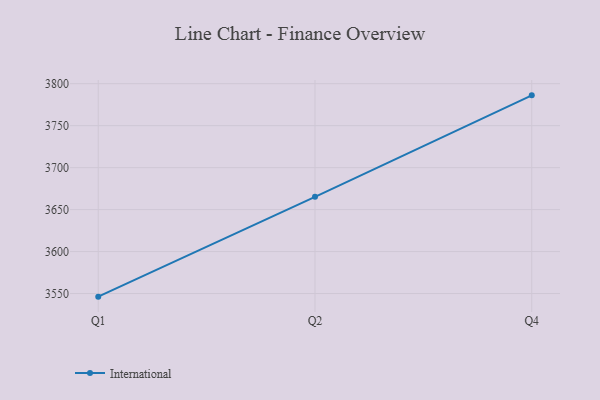
{"axis": {"x": "Quarter", "y": "Active Users"}, "legend": ["International"], "data": [{"x": "Q1", "y": 3546.3, "type": "International"}, {"x": "Q2", "y": 3665.2, "type": "International"}, {"x": "Q4", "y": 3786.1, "type": "International"}]}